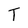
Character: T